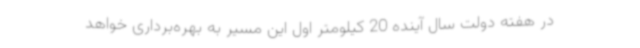
در هفته دولت سال آینده 20 کیلومتر اول این مسیر به بهره‌برداری خواهد